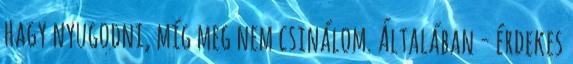
hagy nyugodni, míg meg nem csinálom. Általában - érdekes